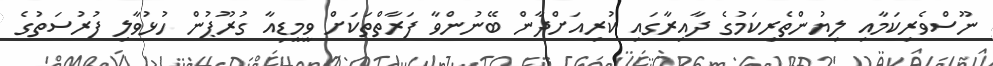
ނޫސްވެރިކަމާއި ލިޔުންތެރިކަމުގެ ދާއިރާގައި ކުރިއަށްދާން ބޭނުންވާ ފަރާތްތަކަށް ވީމީޑިއާ ގުރޫޕުން ހުޅުވާލި ފުރުސަތުގެ